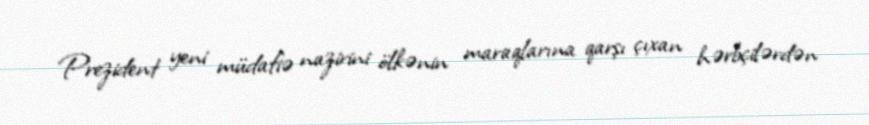
Prezident yeni müdafiə nazirini ölkənin maraqlarına qarşı çıxan hərbçilərdən